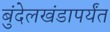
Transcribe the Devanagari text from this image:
बुंदेलखंडापर्यंत